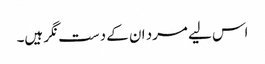
اس لیے مرد ان کے دست نگر ہیں۔